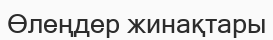
Өлеңдер жинақтары